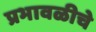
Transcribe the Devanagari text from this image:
प्रभावळीचे